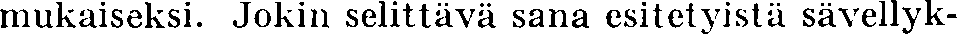
mukaiseksi. Jokin selittävä sana esitetyistä sävellyk-